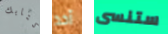
كتابك آخذ ستنسى